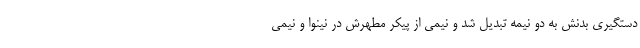
دستگيري بدنش به دو نيمه تبديل شد و نيمي از پيكر مطهرش در نينوا و نيمي